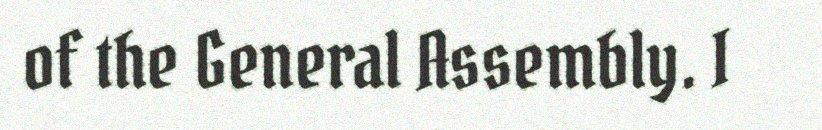
of the General Assembly. I